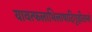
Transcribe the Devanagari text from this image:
यावत्फलाभिलाषादिगृहीतानां